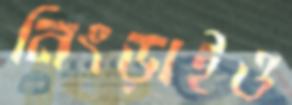
নিংড়াইও